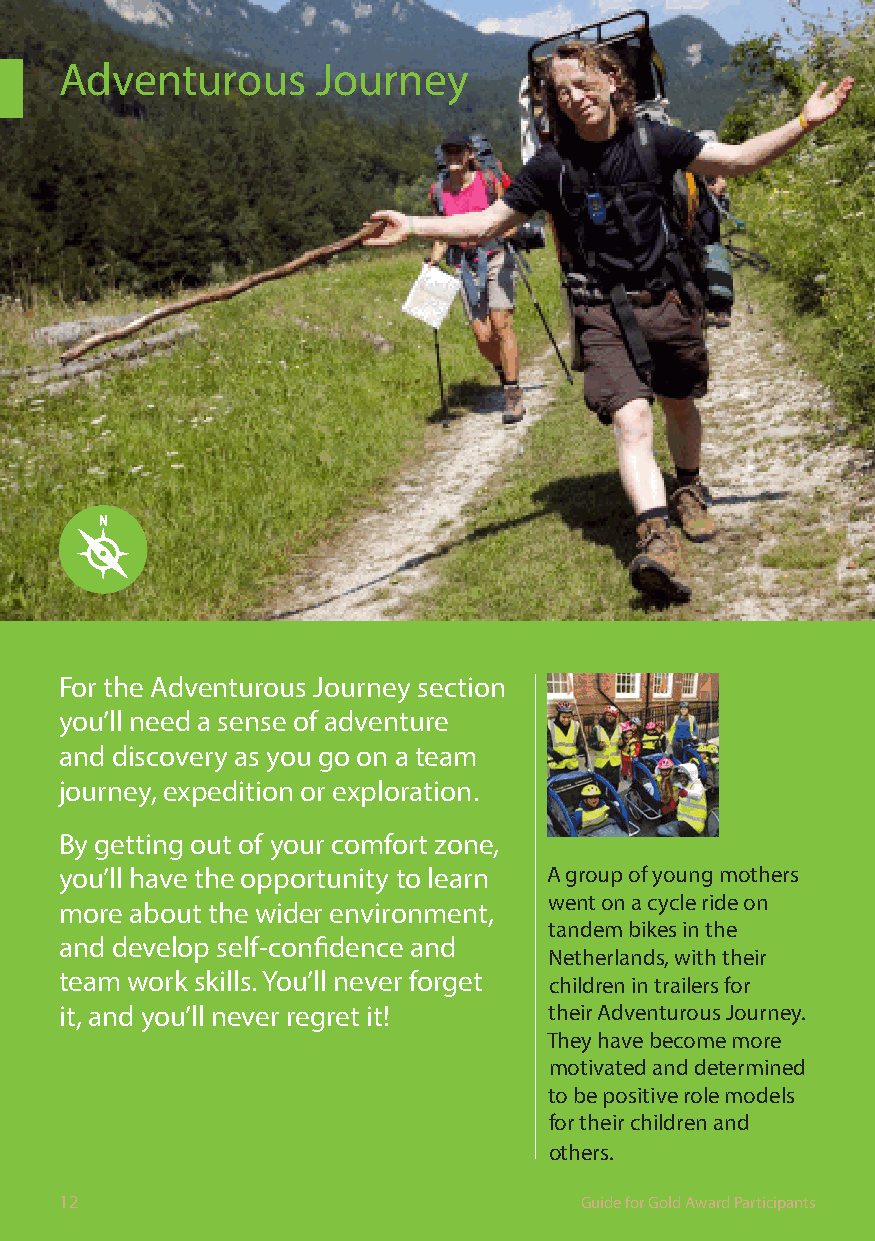
Adventurous      Journey
 For the Adventurous Journey section
 you’ll need a sense of adventure
 and discovery as you go on a team
 journey, expedition or exploration.
 By getting out of your comfort zone,
 you’ll have the opportunity to learn A group of young mothers
 went on a cycle ride on
 more about the wider environment,
 tandem bikes in the
 and develop self-confidence and
 Netherlands, with their
 team work skills. You’ll never forget children in trailers for
 it, and you’ll never regret it! their Adventurous Journey.
 They have become more
 motivated and determined
 to be positive role models
 for their children and
 others.
 12                                Guide for Gold Award Participants